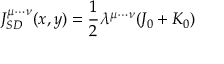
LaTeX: J _ { S D } ^ { \mu \cdots \nu } ( x , y ) = \frac { 1 } { 2 } \lambda ^ { \mu \cdots \nu } ( J _ { 0 } + K _ { 0 } )